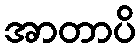
အာတာပိ